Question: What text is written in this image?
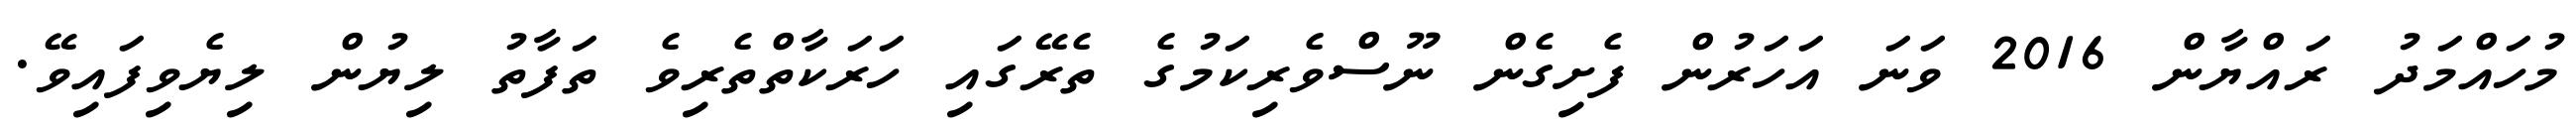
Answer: މުހައްމަދު ރައްޔާން 2016 ވަނަ އަހަރުން ފެށިގެން ނޫސްވެރިކަމުގެ ތެރޭގައި ހަރަކާތްތެރިވެ ތަފާތު ލިޔުން ލިޔެވިފައިވޭ.